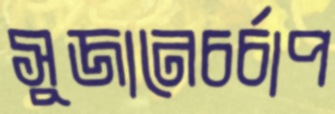
সুজানেচর্চাপ